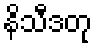
နိသီဒတု